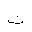
Letter: _ta